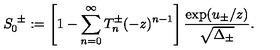
S _ { 0 } ^ { \ \pm } : = \left[ 1 - \sum _ { n = 0 } ^ { \infty } T _ { n } ^ { \pm } ( - z ) ^ { n - 1 } \right] { \frac { \exp ( u _ { \pm } / z ) } { \sqrt { \Delta _ { \pm } } } } .